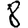
Digit: 8